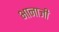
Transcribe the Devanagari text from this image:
भानाजी